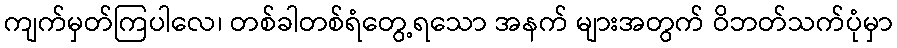
ကျက်မှတ်ကြပါလေ၊ တစ်ခါတစ်ရံတွေ့ရသော အနက် များအတွက် ဝိဘတ်သက်ပုံမှာ